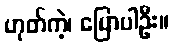
ဟုတ်ကဲ့၊ ပြောပါဦး။